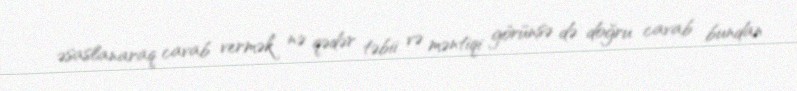
əsaslanaraq cavab vermək nə qədər təbii və məntiqi görünsə də doğru cavab bundan